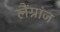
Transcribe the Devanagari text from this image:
लैंग्रांज